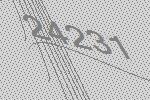
24231